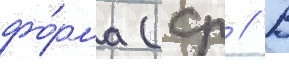
фо́рма (ср // В